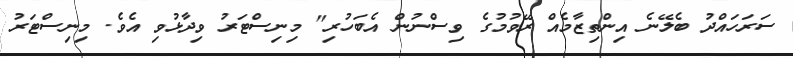
ސަރަހައްދު ބެލޭނެ އިންތިޒާމެއް ރޭވުމުގެ ވިސްނުން އެބަހުރި" މިނިސްޓަރު ވިދާޅުވި އެވެ. މިނިސްޓަރު